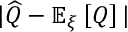
\lvert \widehat { Q } - \mathbb { E } _ { \xi } \left[ Q \right] \lvert